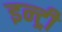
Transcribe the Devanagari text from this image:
इन्ट्री